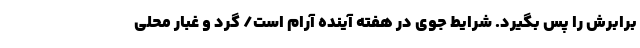
برابرش را پس بگیرد. شرایط جوی در هفته آینده آرام است/ گرد و غبار محلی